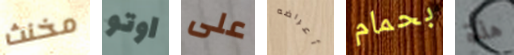
مخنث اوتو على أعراضه بحمام هذة